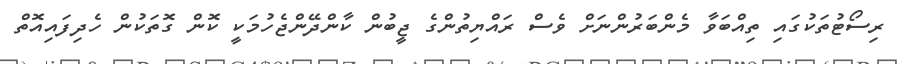
ރިސޯޓުތަކުގައި ތިއްބަވާ މެންބަރުންނަށް ވެސް ރައްޔިތުންގެ ޖީބުން ކާންދޭންޖެހުމަކީ ކޮން ގޮތަކުން ހެދިފައިއޮތް